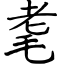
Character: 耄